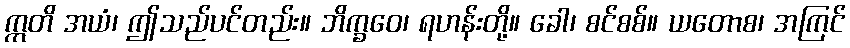
ဣတိ အယံ၊ ဤသည်ပင်တည်း။ ဘိက္ခဝေ၊ ရဟန်းတို့။ ခေါ၊ စင်စစ်။ ယတောစ၊ အကြင်